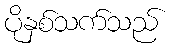
ပိုနှစ်သက်သည်